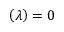
\left( \lambda \right) = 0